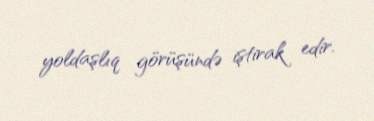
yoldaşlıq görüşündə iştirak edir.